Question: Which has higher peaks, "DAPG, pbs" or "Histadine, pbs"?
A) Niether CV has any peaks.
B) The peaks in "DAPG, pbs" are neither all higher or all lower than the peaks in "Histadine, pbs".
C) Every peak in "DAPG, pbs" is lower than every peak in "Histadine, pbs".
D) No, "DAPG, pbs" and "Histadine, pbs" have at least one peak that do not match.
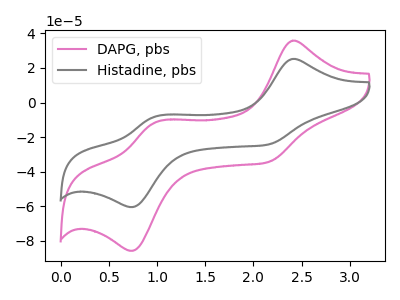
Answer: <think>The pink curve "DAPG, pbs" has anodic peaks at (2.40V, 35.80uA) (1.00V, -11.50uA) and cathodic peaks at (2.15V, -34.40uA) (0.75V, -85.65uA). The gray curve "Histadine, pbs" has anodic peaks at (2.40V, 25.25uA) (1.00V, -8.10uA) and cathodic peaks at (2.15V, -24.25uA) (0.75V, -60.40uA).</think>
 <answer>B) The peaks in "DAPG, pbs" are neither all higher or all lower than the peaks in "Histadine, pbs".</answer>
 <eval>B</eval>